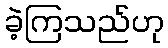
ခဲ့ကြသည်ဟု